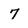
Character: 7